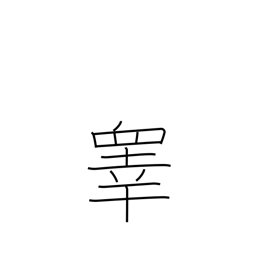
Meaning: testicles